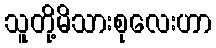
သူတို့မိသားစုလေးဟာ